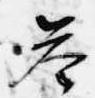
答